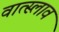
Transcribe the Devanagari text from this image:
वात्स्लाव